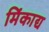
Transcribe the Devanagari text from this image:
मिंकाद्य